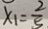
x _ { 1 } = \frac { 2 } { 5 }